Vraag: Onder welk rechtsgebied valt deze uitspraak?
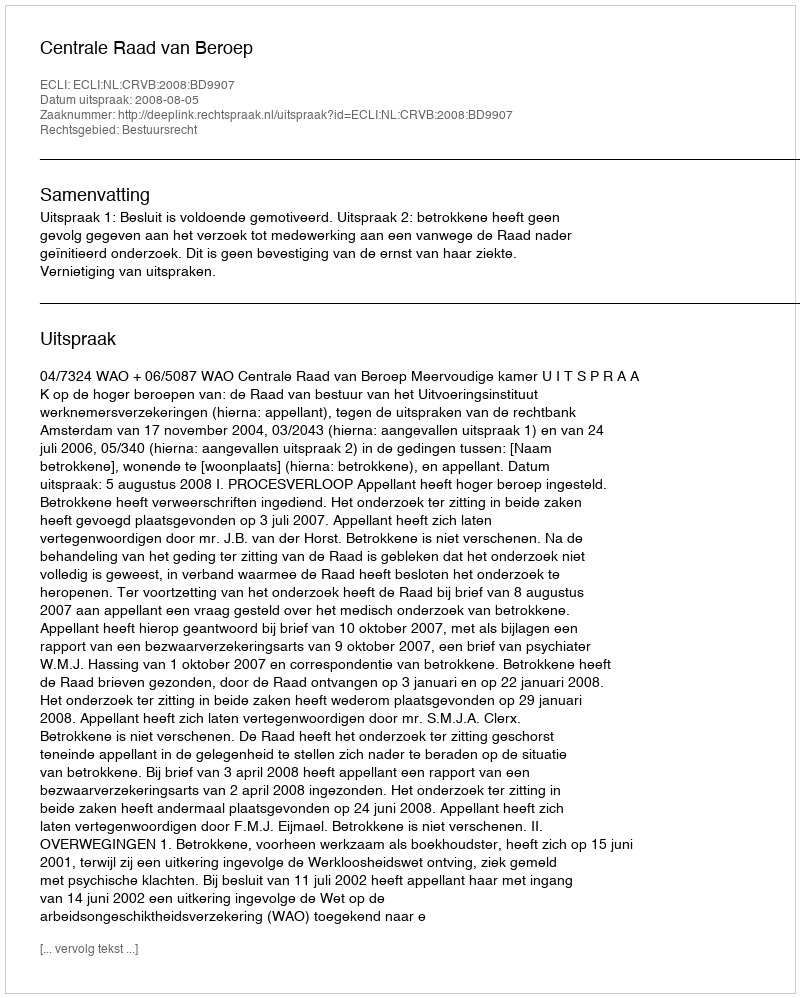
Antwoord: Bestuursrecht